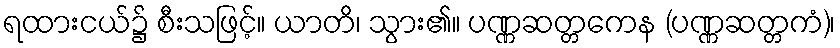
ရထားငယ်၌ စီးသဖြင့်။ ယာတိ၊ သွား၏။ ပဏ္ဏဆတ္တကေန (ပဏ္ဏဆတ္တကံ)၊